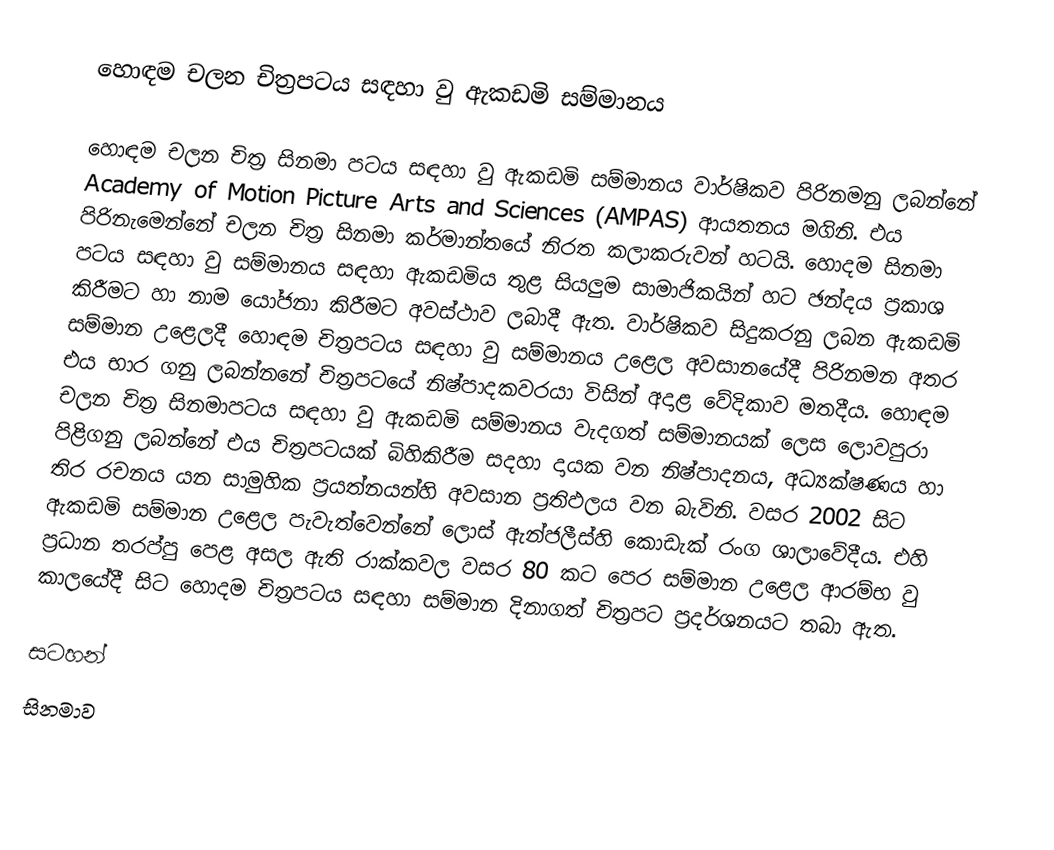
හොඳම චලන චිත්‍රපටය සඳහා වු ඇකඩමි සම්මානය

හොඳම චලන චිත්‍ර සිනමා පටය සඳහා වු ඇකඩමි සම්මානය වාර්ෂිකව පිරිනමනු ලබන්නේ Academy of Motion Picture Arts and Sciences (AMPAS) ආයතනය මගිනි. එය පිරිනැමෙන්නේ චලන චිත්‍ර සිනමා කර්මාන්තයේ නිරත කලාකරුවන් හටයි. හොදම සිනමා පටය සඳහා වු සම්මානය සඳහා ඇකඩමිය තුළ සියලුම සාමාජිකයින් හට ඡන්දය ප්‍රකාශ කිරීමට හා නාම යෝජනා කිරීමට අවස්ථාව ලබාදී ඇත. වාර්ෂිකව සිදුකරනු ලබන ඇකඩමි සම්මාන උළෙලදී හොඳම චිත්‍රපටය සඳහා වු සම්මානය උළෙල අවසානයේදී පිරිනමන අතර එය භාර ගනු ලබන්නනේ චිත්‍රපටයේ නිෂ්පාදකවරයා විසින් අදාළ වේදිකාව මතදීය. හොඳම චලන චිත්‍ර සිනමාපටය සඳහා වු ඇකඩමි සම්මානය වැදගත් සම්මානයක් ලෙස ලොවපුරා පිළිගනු ලබන්නේ එය චිත්‍රපටයක් බිහිකිරීම සදහා දායක වන නිෂ්පාදනය, අධ්‍යක්ෂණය හා තිර රචනය යන සාමුහික ප්‍රයත්නයන්හි අවසාන ප්‍රතිඵලය වන බැවිනි. වසර 2002 සිට ඇකඩමි සම්මාන උළෙල පැවැත්වෙන්නේ ලොස් ඇන්ජලීස්හි කොඩැක් රංග ශාලාවේදීය. එහි ප්‍රධාන තරප්පු පෙළ අසල ඇති රාක්කවල වසර 80 කට පෙර සම්මාන උළෙල ආරම්භ වු කාලයේදී සිට හොදම චිත්‍රපටය සඳහා සම්මාන දිනාගත් චිත්‍රපට ප්‍රදර්ශනයට තබා ඇත.

සටහන්
සිනමාව